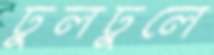
ঢুলঢুলে